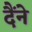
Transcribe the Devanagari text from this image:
दैंने